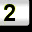
Digit: 2